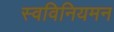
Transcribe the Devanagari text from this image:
स्वविनियमन